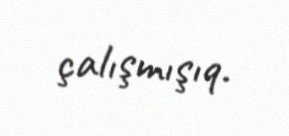
çalışmışıq.